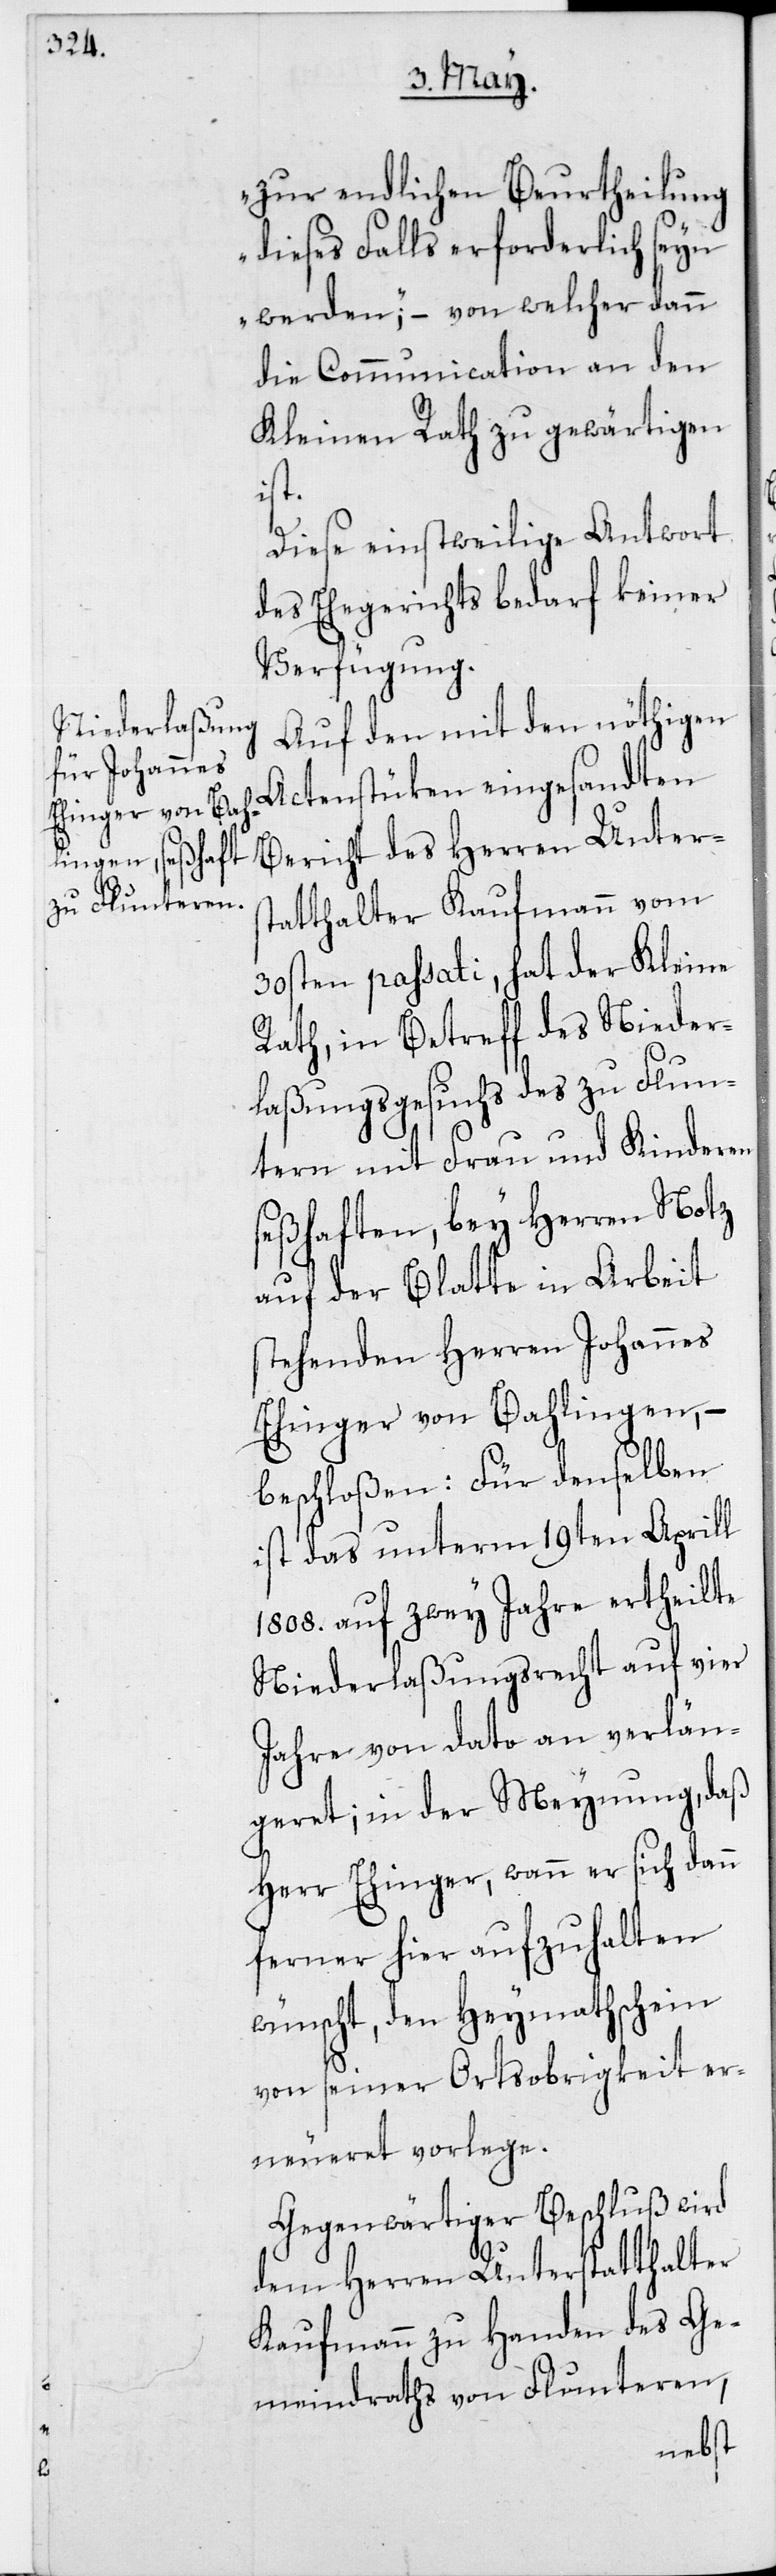
zur endlichen Beurtheilung
dieses Falls erforderlich seyn
werden“, – von welcher dann
die Communication an den
Kleinen Rath zu gewärtigen
ist.
Diese einstweilige Antwort
des Ehegerichts bedarf keiner
Verfügung.
Auf den mit den nöthigen
Actenstüken eingesandten
Bericht des Herren Unter¬
statthalter Kaufmann vom
30sten passati, hat der Kleine
Rath, in Betreff des Nieder¬
laßungsgesuchs des zu Flun¬
tern mit Frau und Kinderen
seßhaften, bey Herren Notz
auf der Blatte in Arbeit
stehenden Herren Johannes
Ehinger von Balingen, –
beschloßen: Für denselben
ist das unterm 19ten Aprill
1808. auf zwey Jahre ertheilte
Niederlaßungsrecht auf vier
Jahre von dato an verlän¬
geret; in der Meynung, daß
Herr Ehinger, wann er sich dann
ferner hier aufzuhalten
wünscht, den Heymathschein
von seiner Ortsobrigkeit er¬
neueret vorlege.
Gegenwärtiger Beschluß wird
dem Herren Unterstatthalter
Kaufmann zu Handen des Ge¬
meindraths von Flunteren,